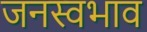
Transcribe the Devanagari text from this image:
जनस्वभाव